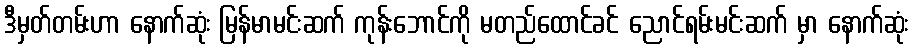
ဒီမှတ်တမ်းဟာ နောက်ဆုံး မြန်မာမင်းဆက် ကုန်းဘောင်ကို မတည်ထောင်ခင် ညောင်ရမ်းမင်းဆက် မှာ နောက်ဆုံး